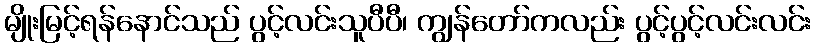
မျိုးမြင့်ရန်နောင်သည် ပွင့်လင်းသူပီပီ၊ ကျွန်တော်ကလည်း ပွင့်ပွင့်လင်းလင်း